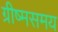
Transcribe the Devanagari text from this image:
ग्रीष्मसमय